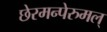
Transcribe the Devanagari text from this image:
छेरमन्पेरुमल्